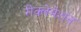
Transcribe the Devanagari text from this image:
रीक्लेमेशन